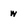
Character: w